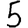
Digit: 5